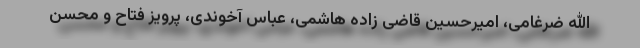
الله ضرغامی، امیرحسین قاضی زاده هاشمی، عباس آخوندی، پرویز فتاح و محسن